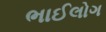
ભાઈલોગ